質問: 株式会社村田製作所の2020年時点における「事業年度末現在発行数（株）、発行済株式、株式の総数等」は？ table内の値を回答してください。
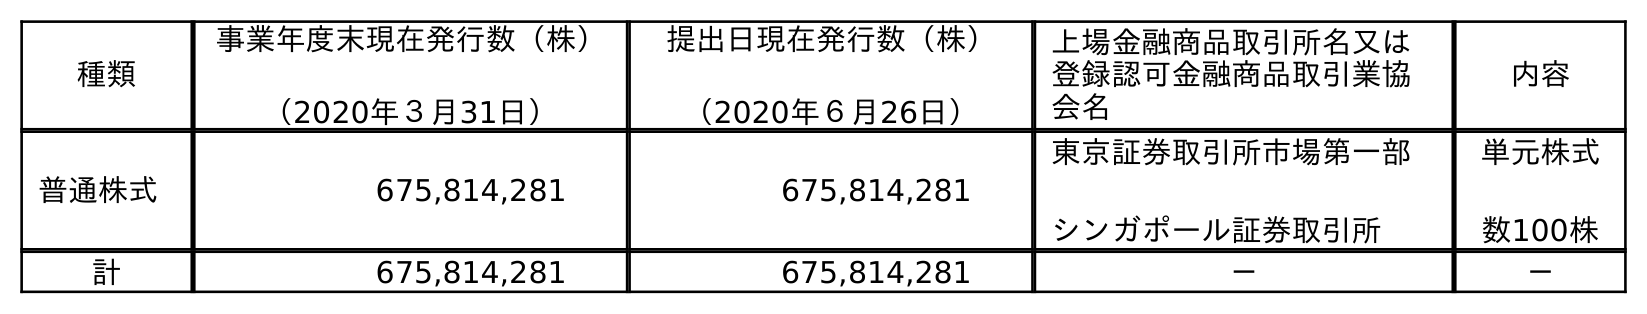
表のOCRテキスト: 種類 事業年度末現在発行数（株） （2020年３月31日） 提出日現在発行数（株） （2020年６月26日） 上場金融商品取引所名又は 登録認可金融商品取引業協 会名 内容 普通株式 675,814,281 675,814,281 東京証券取引所市場第一部 シンガポール証券取引所 単元株式 数100株 計 675,814,281 675,814,281 － －
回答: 675,814,281